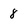
Character: 8